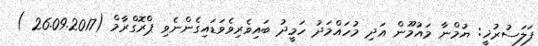
ފަލަސުރުޚީ: ޔުމްނާ މައުމޫން އަދި މުހައްމަދު ހަމީދު ބައިވެރިވެވަޑައިގެންނެވި ޕްރޮގްރާމް (26.09.2017 )